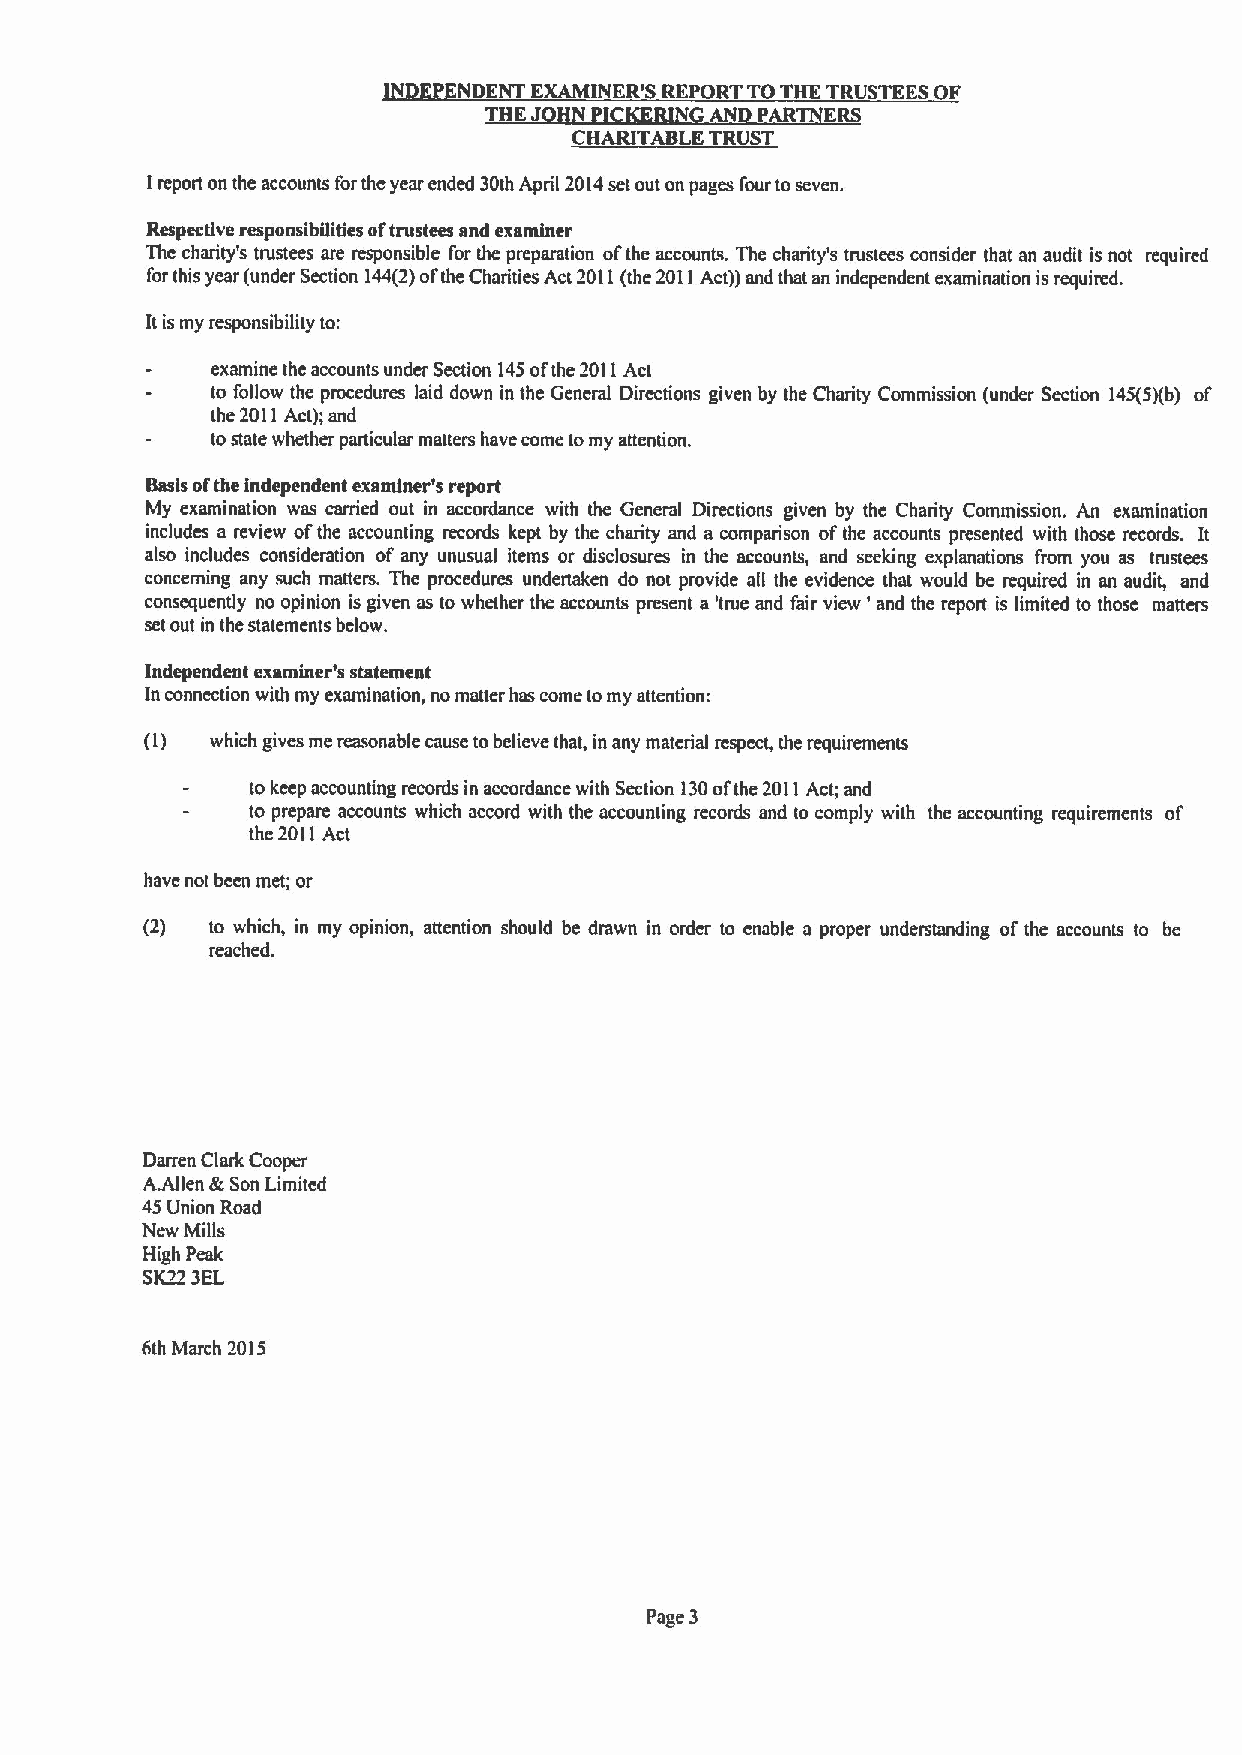
INDEPENDENT EXAMINER'S REPORT TOTHE TRUSTEESOF
 THE JOHN PICKERIN AND PARTNERS
 CHARITABLE TRUST
 Ireport on the accounts forthe year ended 30th April 2014set out on pages four toseven.
 Respective responsibiTities oftrustees and examiner
 The charity's trustees are responsible for the preparation ofthe accounts. The charity's trustees consider that an audit is not required
 for this year (under Section 144(2)ofthe Charities Act 2011(the 2011Act))and that an independent examination is required.
 Itis my responsibility to:
 examine the accounts under Section 145ofthe 2011Act
 to follow the procedures laid down in the General Directions given by the Charity Commission (under Section 145(5)(b) of
 the 2011Act);and
 tostate whether particular matters have come tomy attention.
 Basis ofthe independent examiner's report
 My examination was carried out in accordance with the General Directions given by the Charity Commission. An examination
 includes a review ofthe accounting records kept by the charity and a comparison ofthe accounts presented with those records. It
 also includes consideration of any unusual items or disclosures in the accounts, and seeking explanations from you as trustees
 concerning any such matters. The procedures undertaken do not provide all the evidence that would be required in an audit, and
 consequently no opinion is given as to whether the accounts present a 'true and fair view ' and the report is limited to those matters
 set out in the statements below.
 Independent examiner's statement
 In connection with my examination, no matter has come tomy attention:
 (1) which gives me reasonable cause tobelieve that, in any material respect, the requirements
 to keep accounting records in accordance with Section 130ofthe 2011Act; and
 to prepare accounts which accord with the accounting records and to comply with the accounting requirements of
 the 2011Act
 have not been met; or
 (2)  to which, in my opinion, attention should be drawn in order to enable a proper understanding ofthe accounts to be
 reached.
 Darren Clark Cooper
 A.Allen &Son Limited
 45Union Road
 New Mills
 High Peak
 SK223EL
 6th March 2015
 Page 3